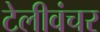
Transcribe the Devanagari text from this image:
टेलीवंचर